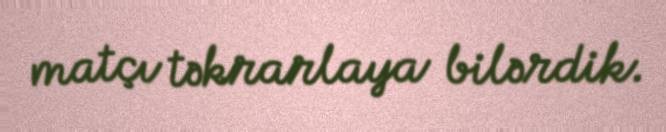
matçı təkrarlaya bilərdik.